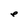
Character: e